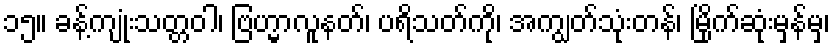
၁၅။ ခန့်ကျုံးသတ္တဝါ၊ ဗြဟ္မာလူနတ်၊ ပရိသတ်ကို၊ အကျွတ်သုံးတန်၊ မြိုက်ဆုံးမှန်မှ၊